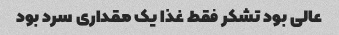
عالی بود تشکر فقط غذا یک مقداری سرد بود